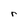
Character: r